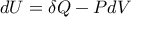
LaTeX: d U = \delta Q - P d V